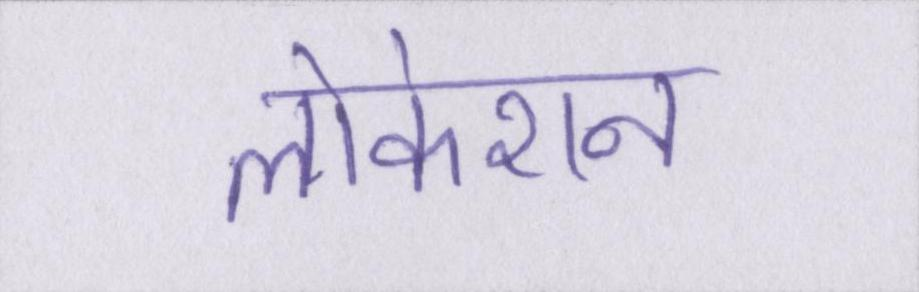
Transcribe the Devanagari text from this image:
लोकेशन